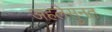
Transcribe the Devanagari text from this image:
अहलेसुंनत